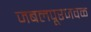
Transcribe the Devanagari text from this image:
जबलपूरजवळ